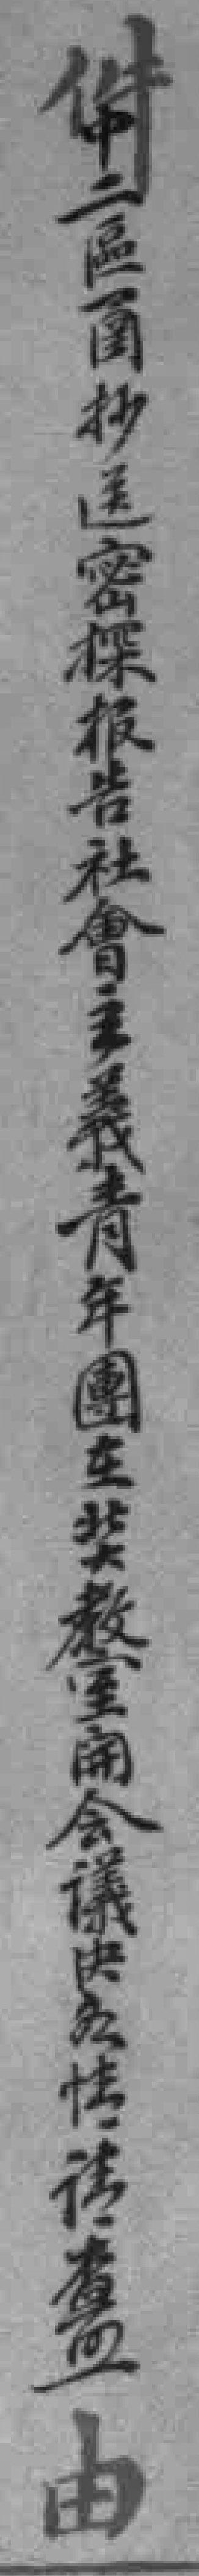
中二區圅抄送密探报告社會主義青年團在北大教室開会議*各**查*由